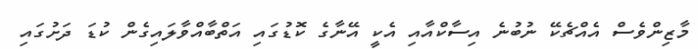
މާޒިންވެސް އެއްޗެކޭ ނުބުނެ އިސާކްއާއި އެކީ އޭނާގެ ކޮޑުގައި އަތްބާއްވާލައިގެން ކުޑަ ދަށުގައި